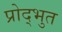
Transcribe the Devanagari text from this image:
प्रोद्भुत